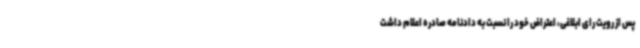
پس از رویت رای ابلاغی، اعتراض خود را نسبت به دادنامه صادره اعلام داشت